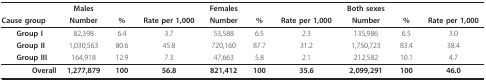
|  | Males |  |  | Females |  |  | Both sexes |  |  |
 | Cause group | Number | % | Rate per 1,000 | Number | % | Rate per 1,000 | Number | % | Rate per 1,000 |
 | --- | --- | --- | --- | --- | --- | --- | --- | --- | --- |
 | Group I | 82,398 | 6.4 | 3.7 | 53,588 | 6.5 | 2.3 | 135,986 | 6.5 | 3.0 |
 | Group II | 1,030,563 | 80.6 | 45.8 | 720,160 | 87.7 | 31.2 | 1,750,723 | 83.4 | 38.4 |
 | Group III | 164,918 | 12.9 | 7.3 | 47,663 | 5.8 | 2.1 | 212,582 | 10.1 | 4.7 |
 | Overall | 1,277,879 | 100 | 56.8 | 821,412 | 100 | 35.6 | 2,099,291 | 100 | 46.0 |